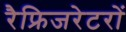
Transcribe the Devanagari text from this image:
रैफ्रिजरेटरों